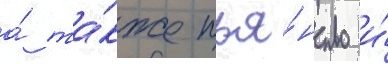
а́ та́кже пья́нство и́